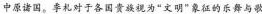
中原诸国。季札对于各国贵族视为”文明”象征的乐舞与歌